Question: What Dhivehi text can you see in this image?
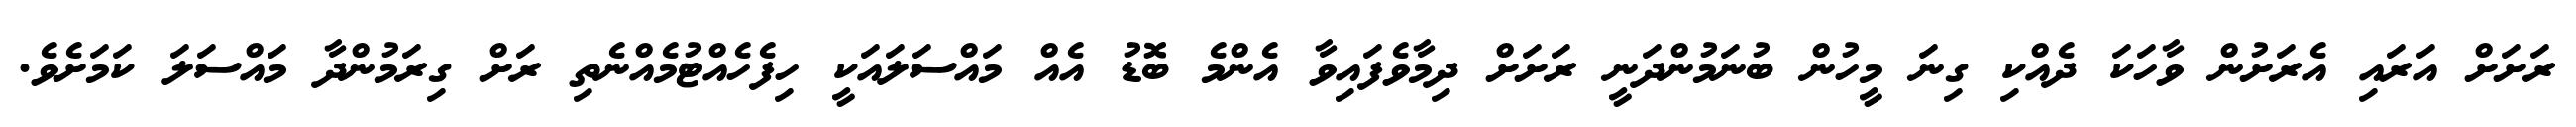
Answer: ރަށަށް އަރައި އެރަށުން ވާހަކަ ދެއްކި ގިނަ މީހުން ބުނަމުންދަނީ ރަށަށް ދިމާވެފައިވާ އެންމެ ބޮޑު އެއް މައްސަލައަކީ ހިފެހެއްޓުމެއްނެތި ރަށް ގިރަމުންދާ މައްސަލަ ކަމަށެވެ.